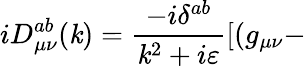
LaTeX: iD_{\mu\nu}^{ab}(\mathit{k})=\frac{{-i\delta^{ab}}}{{\mathit{k}^{2}+i\varepsilon}}[(g_{\mu\nu}-